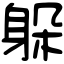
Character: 躲